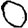
Digit: 0